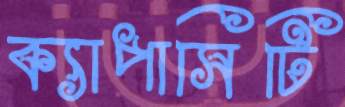
ক্যাপাসিটি